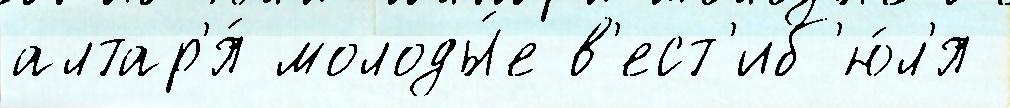
алтар'я́ молоды́е в'ест'иб'ю́л'я